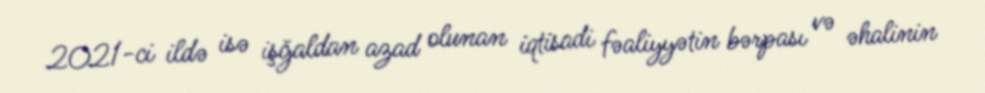
2021-ci ildə isə işğaldan azad olunan iqtisadi fəaliyyətin bərpası və əhalinin